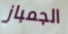
الجمباز